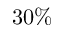
3 0 \%